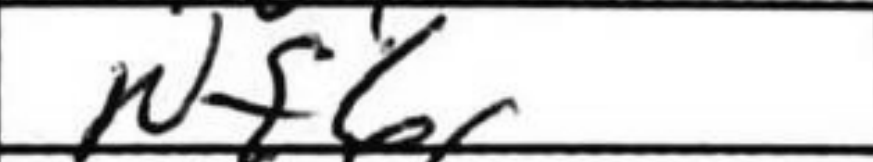
Transcription: Nf6